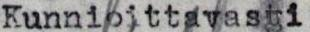
Kunnioittavasti